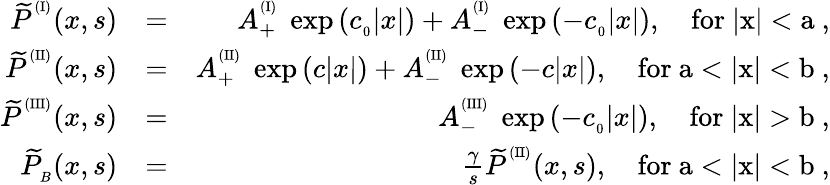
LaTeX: \begin{array}{rlr}{{\widetilde P}^{^{(\mathrm{I})}}(x,s)}&{=}&{A_{+}^{^{(\mathrm{I})}}\ \exp{\left(c_{_0}|x|\right)}+A_{-}^{^{(\mathrm{I})}}\ \exp{\left(-c_{_0}|x|\right)},\quad\mathrm{for~|x|<a~},}\\ {{\widetilde P}^{^{(\mathrm{II})}}(x,s)}&{=}&{A_{+}^{^{(\mathrm{II})}}\ \exp{\left(c|x|\right)}+A_{-}^{^{(\mathrm{II})}}\ \exp{\left(-c|x|\right)},\quad\mathrm{for~a<|x|<b~},}\\ {{\widetilde P}^{^{(\mathrm{III})}}(x,s)}&{=}&{A_{-}^{^{(\mathrm{III})}}\ \exp{\left(-c_{_0}|x|\right)},\quad\mathrm{for~|x|>b~},}\\ {{\widetilde P}_{_B}(x,s)}&{=}&{\frac{\gamma}{s}{\widetilde P}^{^{(\mathrm{II})}}(x,s),\quad\mathrm{for~a<|x|<b~},}\end{array}